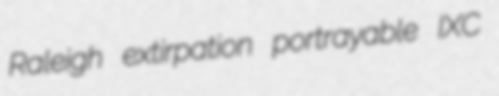
Raleigh extirpation portrayable IXC